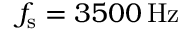
f _ { \mathrm { s } } = 3 5 0 0 \, \mathrm { { H z } }